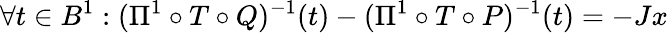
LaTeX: \forall t\in B^{1}:(\Pi^{1}\circ T\circ Q)^{-1}(t)-(\Pi^{1}\circ T\circ P)^{-1}(t)=-Jx